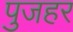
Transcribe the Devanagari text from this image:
पुजहर